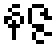
နဇ္ဇ